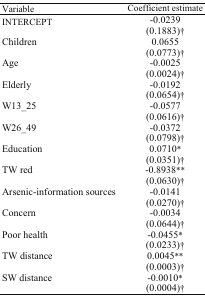
<table><thead><tr><td><b>Variable</b></td><td><b>Coefficient estimate</b></td></tr></thead><tbody><tr><td>INTERCEPT</td><td>-0.0239</td></tr><tr><td></td><td>(0.1883)†</td></tr><tr><td>Children</td><td>0.0655</td></tr><tr><td></td><td>(0.0773)†</td></tr><tr><td>Age</td><td>-0.0025</td></tr><tr><td></td><td>(0.0024)†</td></tr><tr><td>Elderly</td><td>-0.0192</td></tr><tr><td></td><td>(0.0654)†</td></tr><tr><td>W13_25</td><td>-0.0577</td></tr><tr><td></td><td>(0.0616)†</td></tr><tr><td>W26_49</td><td>-0.0372</td></tr><tr><td></td><td>(0.0798)†</td></tr><tr><td>Education</td><td>0.0710*</td></tr><tr><td></td><td>(0.0351)†</td></tr><tr><td>TW red</td><td>-0.8938**</td></tr><tr><td></td><td>(0.0630)†</td></tr><tr><td>Arsenic-information sources</td><td>-0.0141</td></tr><tr><td></td><td>(0.0270)†</td></tr><tr><td>Concern</td><td>-0.0034</td></tr><tr><td></td><td>(0.0644)†</td></tr><tr><td>Poor health</td><td>-0.0455*</td></tr><tr><td></td><td>(0.0233)†</td></tr><tr><td>TW distance</td><td>0.0045**</td></tr><tr><td></td><td>(0.0003)†</td></tr><tr><td>SW distance</td><td>-0.0010*</td></tr><tr><td></td><td>(0.0004)†</td></tr></tbody></table>